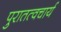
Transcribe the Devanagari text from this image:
पुरातत्वचार्य